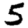
Digit: 5